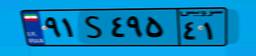
۹۱S۴۹۵۴۱